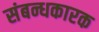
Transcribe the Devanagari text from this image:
संबन्धकारक